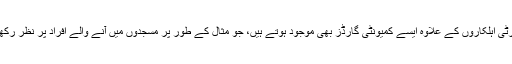
اب اس علاقے میں سرکاری سکیورٹی اہلکاروں کے علاوہ ایسے کمیونٹی گارڈز بھی موجود ہوتے ہیں، جو مثال کے طور پر مسجدوں میں آنے والے افراد پر نظر رکھتے ہیں اور ان کی تلاشی لیتے ہیں۔